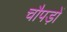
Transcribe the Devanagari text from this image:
चौपड़ों